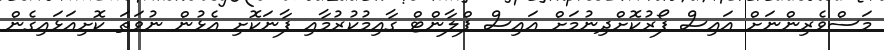
މަސްވެރިންނަށް އައިސް ފޯރުކޮށްދިނުމަށް އައިސް ޕްލާންޓް ގާއިމުކުރުމާއި ފާނަކޮށި އެޅުން ނުވަތަ ކޮށިއަޅައިގެން